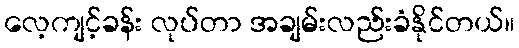
လေ့ကျင့်ခန်း လုပ်တာ အချမ်းလည်းခံနိုင်တယ်။